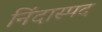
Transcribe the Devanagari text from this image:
निंदास्पद